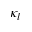
\kappa _ { l }